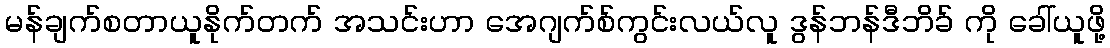
မန်ချက်စတာယူနိုက်တက် အသင်းဟာ အေဂျက်စ်ကွင်းလယ်လူ ဒွန်ဘန်ဒီဘိခ် ကို ခေါ်ယူဖို့